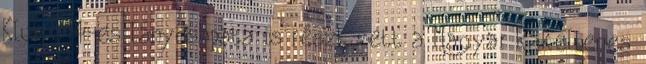
Klub U14-es lánycsapata is részt vett a Magyar Rákellenes